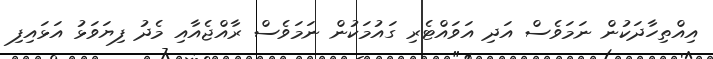
އިއްތިހާދަކުން ނަމަވެސް އަދި އަވައްޓެރި ގައުމަކުން ނަމަވެސް ރާއްޖެއާއި މެދު ފިޔަވަޅު އަޅައިފި